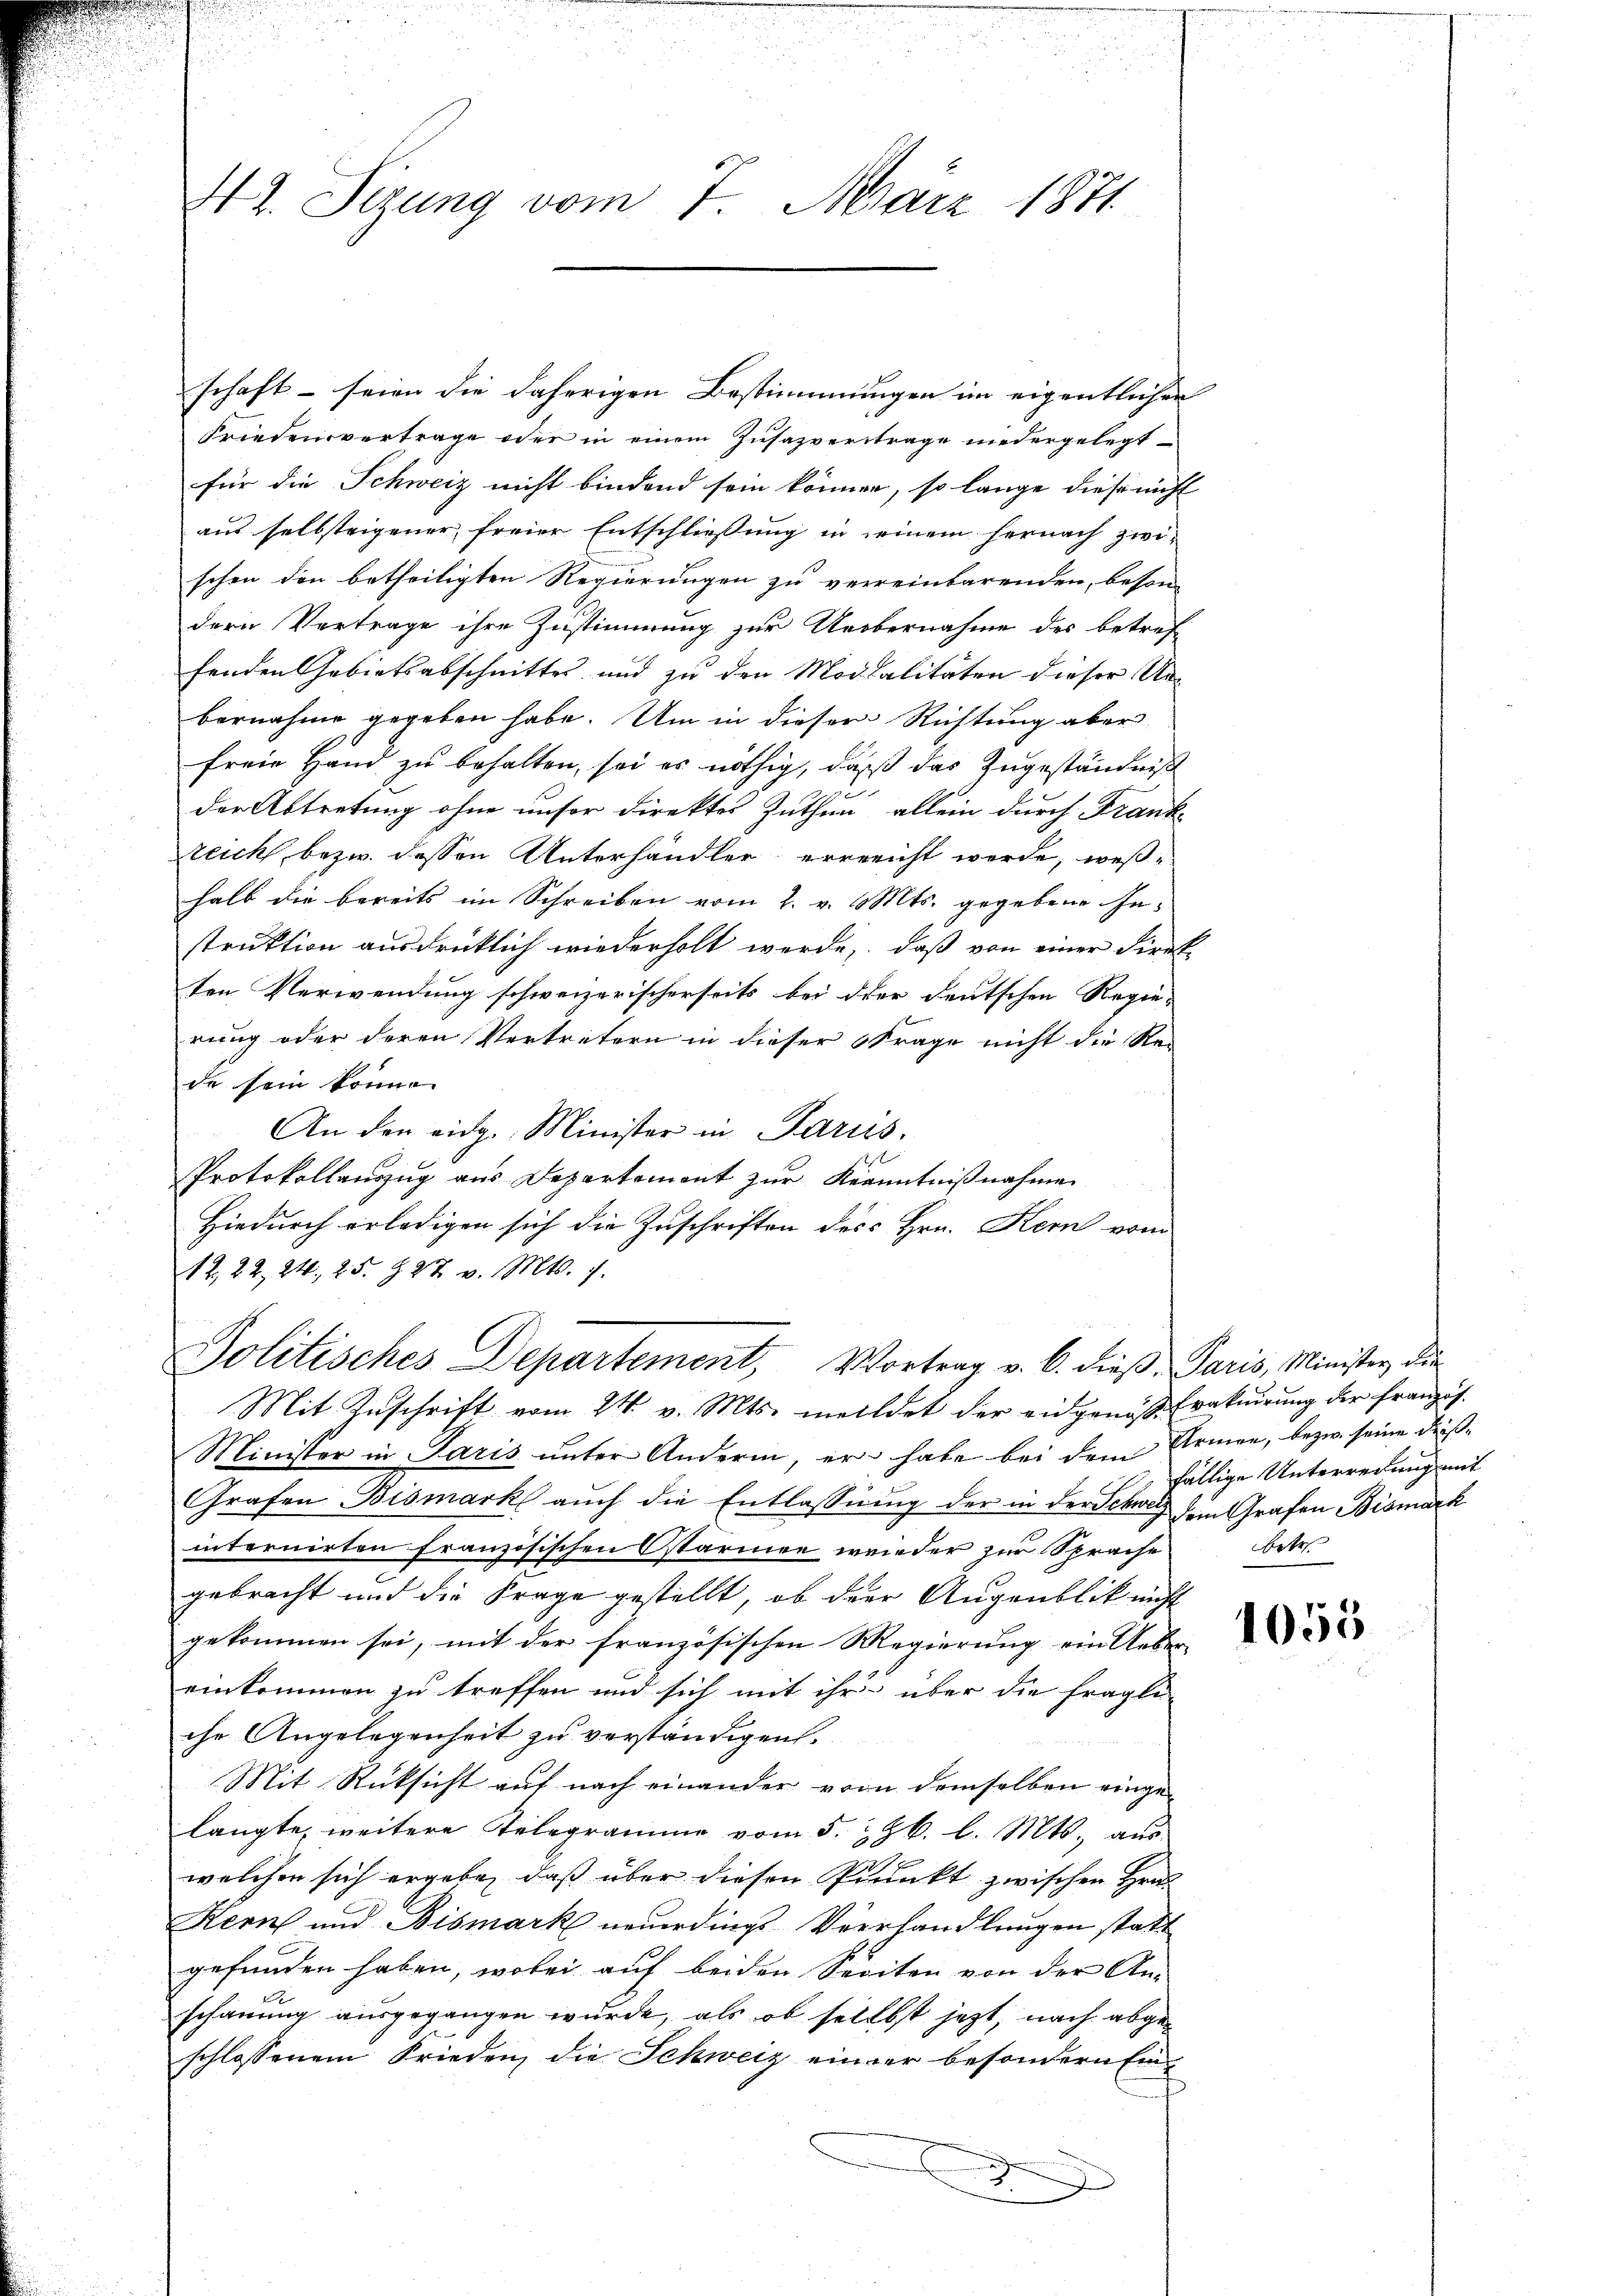
42. Sizung vom 7. März 1871

schaft - seien die daherigen Bestimmungen im eigentlicher
Friedensvertrage oder in einem Zusazvertrage niedergelegt
für die Schweiz nicht bindend sein können, so lange diese nicht
aus selbsteigener freier Entschließung in seinem hernach zwischon den betheiligten Regierungen zu verreinbarenden, beson-
dern Vertrage ihre Zustimmung zur Uebernahme des betref-
fenden Gebietsabschnittes und zu den Modalitäten dieser Unbernahme gegeben habe. Um in dieser Richtung aber
freie Hand zu behalten, sei es nöthig, daß das Zugeständniß
der Abtretung ohne unser direktes Zuthun, allein durch Frank-
zeich, bezw. dessen Unterhändler, erreicht werde, weßhalb die bereits im Schreiben vom 2. v. Mts. gegebene Instruktion ausdrücklich wiederholt werde, daß von einer Direkten Verwendung schweizerischerseits bei der deutschen Regie-
rung oder deren Vertretern in dieser Strage nicht die Rei
de sein könne.
An den eidg. Minister in Paris.
Protokollauszug aus Departement zur Kenntnißnahme
Hiedurch erledigen sich die Zuschriften des Hrn. Kern vom
12, 22, 24, 25. 27 v. Mts. 7.
Politisches Departement, Vortrag v. 6. dieβ. Paris, Minister die
Mit Zuschrift vom 24. v. Mts. meldet der eidgenöss Evakuirung der franzis
Minister in Paris unter Anderm, er habe bei dem Armen, bezw. seine dieß¬
Grafen Bismark auch die Entlassung der in der Schweg den Grafen Bismark
internirten französischen stärmen wieder zur Sprache
gebracht und die Frage gestellt, ob der Augenblick nicht
gekommen sei, mit der französischen Regierung ein Ueber
einkommen zu treffen und sich mit ihr über die fragli-
che Angelegenheit zu verständigen.
Mit Rücksicht auf nach einander von demselben einge-
langte, weitere Telegramme vom 5. Jb. l. Mts. aus
welchen sich ergebe, daß über diesen Prunkt zwischen Hra
Hern und Bismark neuerdings-Verhandlungen statt
gefunden haben, wobei auf beiden Seciton von der An-
schauung ausgegangen wurde, als ob selbst jetzt, nach abgeschlossenem Frieden, die Schweiz einer besondern Ein¬
5

fällige Unterredung mit
betr.

1055